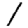
Digit: 1